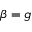
\beta = g